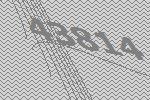
43814